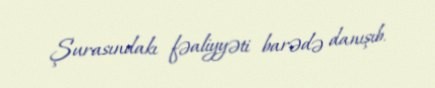
Şurasındakı fəaliyyəti barədə danışıb.